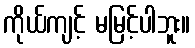
ကိုယ်ကျင့် မမြင့်ပါဘူး။